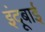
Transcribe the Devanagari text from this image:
इंदूबाई